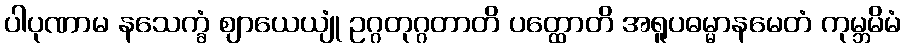
ပါပုဏာမ နသေက္ခံ ဈာယေယျုံ ဥဂ္ဂတုဂ္ဂတာတိ ပတ္ထောတိ အရူပဓမ္မာနမေတံ ကုမ္ဘမိမံ